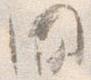
間